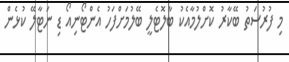
މި ފުރުސަތު ބޭކާރު ކޮށްލުމާއެކު ބާލޮޓެލީ ބޭލުމަށްފަހު އެންޓޯނިއޯ ޑި ނަޓާލޭ ކުޅެން